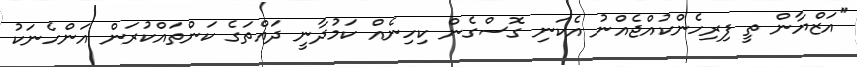
''އަޒްޔާން ތީ ފިރިހެންކުއްޖެއްނު އެކަނި ގޮސްގެން ކިހިނެއް ކަމުދާނީ ދައްތަގެ ކަންތައްކުރަން އަންހެނަކު